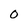
Character: 0